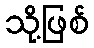
သို့ဖြစ်